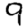
Digit: 9